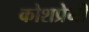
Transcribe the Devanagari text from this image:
कोशप्रेमी